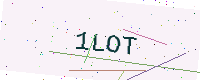
Text: 1LOT